Report on vaccination North-West Frontier Province 1904-1922 - 1904-1922
Year: 1904
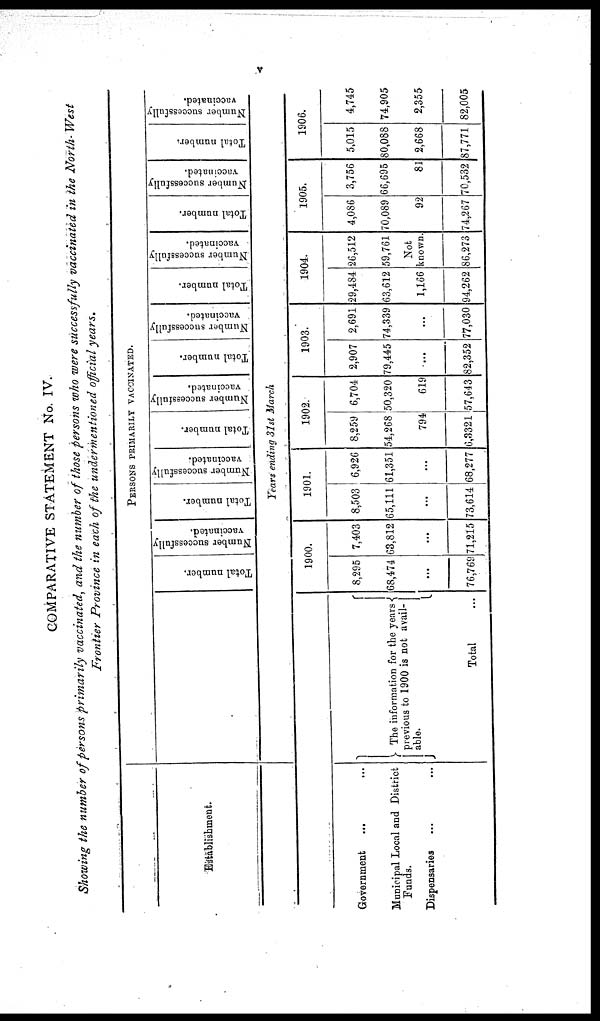
V
COMPARATIVE STATEMENT No. IV.
Showing the number of persons primarily vaccinated, and the number of those persons who were successfully vaccinated in the North- West
Frontier Province in each of the undermentioned official years.
Establishment.
Government ... ...
Municipal Local and District
Funds.
Dispensaries ... ...
PERSONS PRIMARILY VACCINATED.
The information for the years
previous to 1900 is not avail-
able.
Total ...
Total number.
Number successfully
vaccinated.
Total number.
Number successfully
vaccinated.
Total number.
Number successfully
vaccinated.
Total number.
Number successfully
vaccinated.
Total number.
Number successfully
vaccinated.
Total number.
Number successfully
vaccinated.
Total number.
Number successfully
vaccinated.
Years ending 31st March
1900.
8,295
68,474
...
76,769
7,403
63,812
...
71,215
1901.
8,503
65,111
...
73,614
6,926
61,351
...
68,277
1902.
8,259
54,268
794
6,3321
6,704
50,320
619
57,643
1903.
2,907
79,445
...
82,352
2,691
74,339
...
77,030
1904.
29,484
63,612
1,166
94,262
26,512
59,761
Not
known.
86,273
1905.
4,086
70,089
92
74,267
3,756
66,695
81
70,532
1906.
5,015
80,088
2,668
87,771
4,745
74,905
2,355
82,005